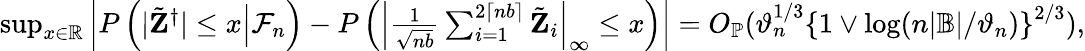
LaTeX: \begin{array}{r}{\operatorname*{sup}_{x\in\mathbb{R}}\left|P\left(\left.|\tilde{\mathbf Z}^{\dagger}|\leq x\right|\mathcal{F}_{n}\right)-P\left(\left|\frac{1}{\sqrt{nb}}\sum_{i=1}^{2\lceil nb\rceil}\tilde{\mathbf Z}_{i}\right|_{\infty}\leq x\right)\right|=O_{\mathbb{P}}(\vartheta_{n}^{1/3}\left\{ 1\vee\log(n|\mathbb{B}|/\vartheta_{n})\right\} ^{2/3}),}\end{array}